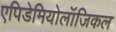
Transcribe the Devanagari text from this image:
एपिडेमियोलॉजिकल